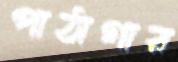
পাঠাগার